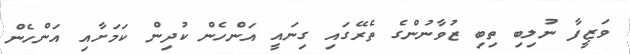
ވަޒީފާ ނުލިބި ތިބި ޒުވާނުންގެ ތެރޭގައި ގިނައީ އަންހެން ކުދިން ކަމަށާއި އަންހެން